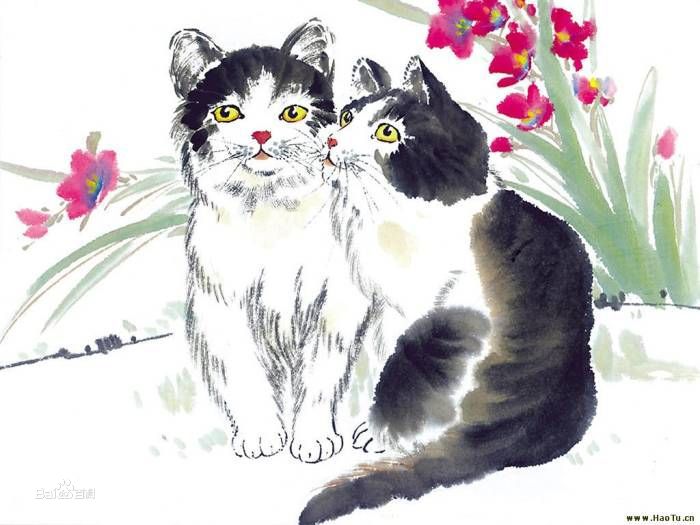
是无猫邪，是不会蓄猫也。